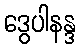
ဒွေပါနန္ဒ